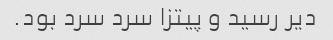
دیر رسید و پیتزا سرد سرد بود.